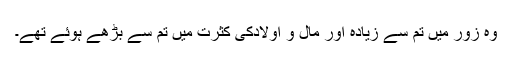
وہ زور میں تم سے زیادہ اور مال و اولادکی کثرت میں تم سے بڑھے ہوئے تھے۔